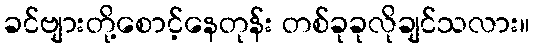
ခင်ဗျားတို့စောင့်နေတုန်း တစ်ခုခုလိုချင်သလား။